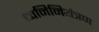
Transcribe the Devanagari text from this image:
ध्वनिनियंत्रण